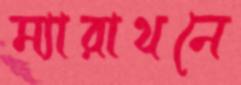
ম্যারাথনে